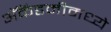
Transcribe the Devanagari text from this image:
अॅकॅडमीमध्ये